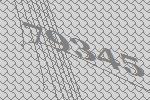
79345